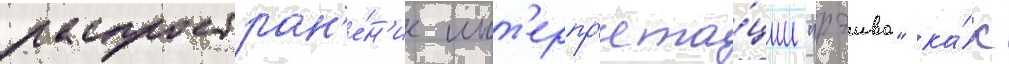
распростран'е́н'ие инт'ерпр'ета́ции "рэива" ка́к